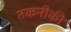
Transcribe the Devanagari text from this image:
तकनीकी